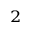
_ { 2 }